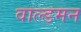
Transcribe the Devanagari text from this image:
वाल्डमन